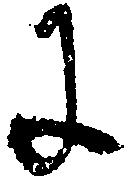
に